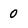
Character: 0